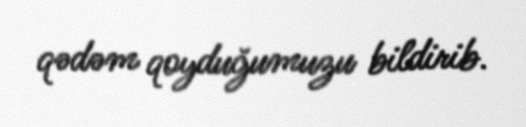
qədəm qoyduğumuzu bildirib.